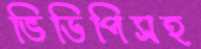
ভিডিপিসহ